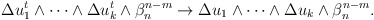
\begin{align*} \begin{aligned}\Delta u_1^{t}\wedge\dots\wedge \Delta u_k^{t} \wedge \beta_n^{n-m}\rightarrow \Delta u_1\wedge\dots\wedge \Delta u_k \wedge \beta_n^{n-m}.\end{aligned} \end{align*}